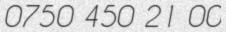
0750 450 21 00